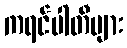
ကရင်ပါတီများ